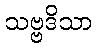
သဗ္ဗဒိသာ